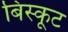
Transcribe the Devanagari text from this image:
बिस्कूट